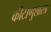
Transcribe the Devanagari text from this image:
कीटाणुशास्त्र